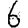
Digit: 6